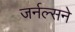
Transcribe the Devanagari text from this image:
जर्नल्सने